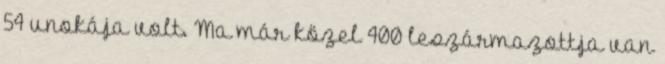
54 unokája volt. Ma már közel 400 leszármazottja van